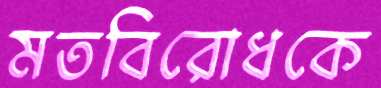
মতবিরোধকে